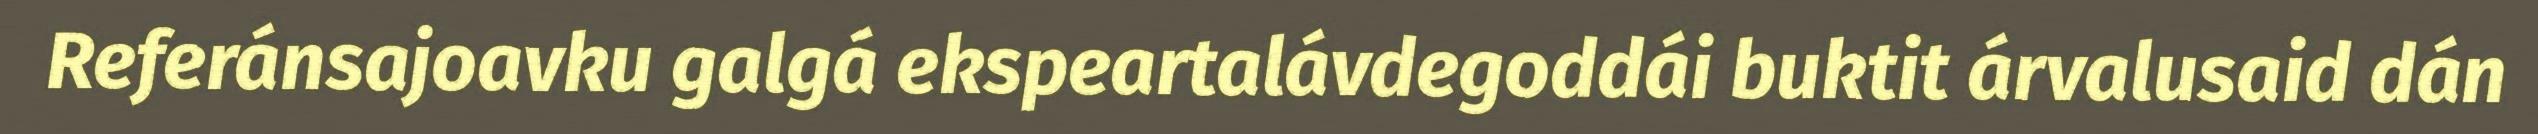
Referánsajoavku galgá ekspeartalávdegoddái buktit árvalusaid dán